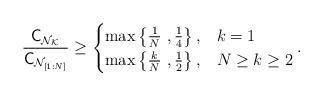
LaTeX: \begin{align*} \frac{\mathsf{C_{\mathcal{N}_{\mathcal{K}}}}}{{\mathsf{C}}_{\mathcal{N}_{[1:N]}}}\geq \begin{cases}\max \left\{ \frac{1}{N}\ , \frac{1}{4} \right \}, & k=1 \\\max \left\{ \frac{k}{N}\ , \frac{1}{2} \right \}, & N \geq k \geq 2 \\\end{cases}.\end{align*}